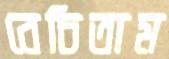
বেচিতাম